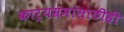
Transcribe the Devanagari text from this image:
कार्यम्रमांसाठीही